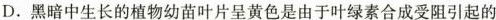
D.黑暗中生长的植物幼苗叶片呈黄色是由于叶绿素合成受阻引起的